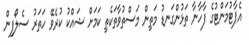
އެޕާޓުމަންޓުގެ ފާހާނާ ތަޅުންގަނޑު މަތިން މަސްތުވާތަކެތި ކަމަށް ޝައްކު ކުރެވޭ ހަތަރު ސެލޯފިން